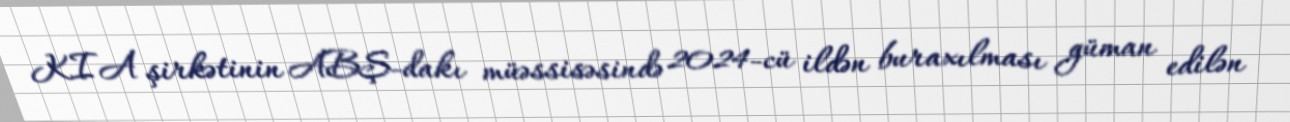
KIA şirkətinin ABŞ-dakı müəssisəsində 2024-cü ildən buraxılması güman edilən